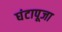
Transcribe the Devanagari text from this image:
घंटापूजा